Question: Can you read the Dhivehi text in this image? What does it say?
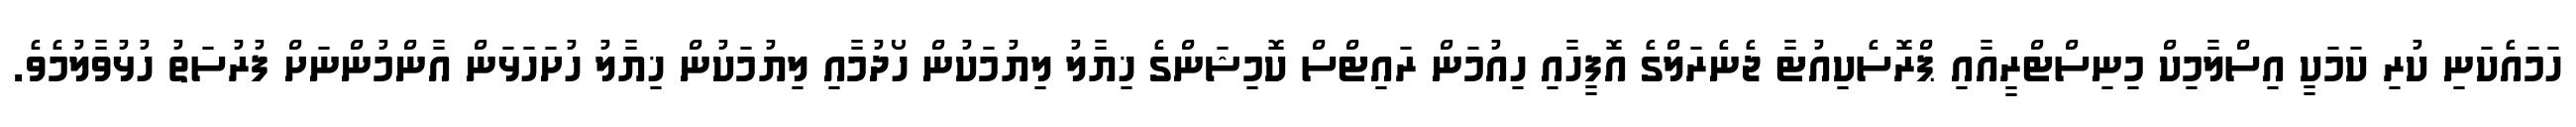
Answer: ހަމައެކަނި ކުރި ކަމަކީ އިސްލާމިކް މިނިސްޓްރީއާއި ޕްރޮސެކިއުޓާ ޖެނެރަލްގެ އޮފީހާއި ހިއުމަން ރައިޓްސް ކޮމިޝަންގެ ޚިޔާލު ލިޔުމަކުން ހޯދުމާއި ލިޔުމަކުން ޚިޔާލު ހުށަހަޅަން އާންމުންނަށް ފުރުސަތު ހުޅުވާލުމެވެ.